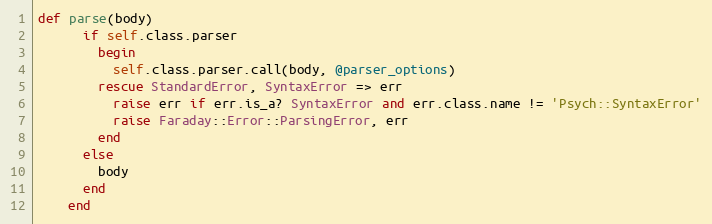
Language: Ruby
def parse(body)
      if self.class.parser
        begin
          self.class.parser.call(body, @parser_options)
        rescue StandardError, SyntaxError => err
          raise err if err.is_a? SyntaxError and err.class.name != 'Psych::SyntaxError'
          raise Faraday::Error::ParsingError, err
        end
      else
        body
      end
    end